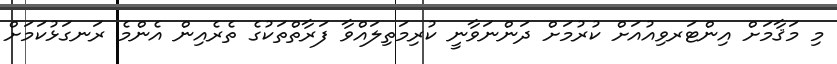
މި މަޤާމަށް އިންޓަރވިއުއަށް ކުރުމަށް ދަންނަވާނީ ކުރިމަތިލައްވާ ފަރާތްތަކުގެ ތެރެއިން އެންމެ ރަނގަޅުކަމަށް